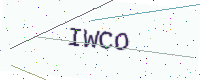
Text: IWCO